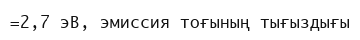
=2,7 эВ, эмиссия тоғының тығыздығы